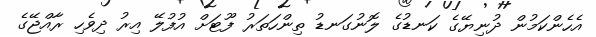
އެހެންކަމުން ދުނިޔޭގެ ކަނޑުގެ ލޮނުގަނޑު ތިންހަތަރު ފޫޓަށް އުފުލޭ އިރު ދިވެހި ރާއްޖޭގެ